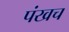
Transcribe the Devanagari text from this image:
पंखच